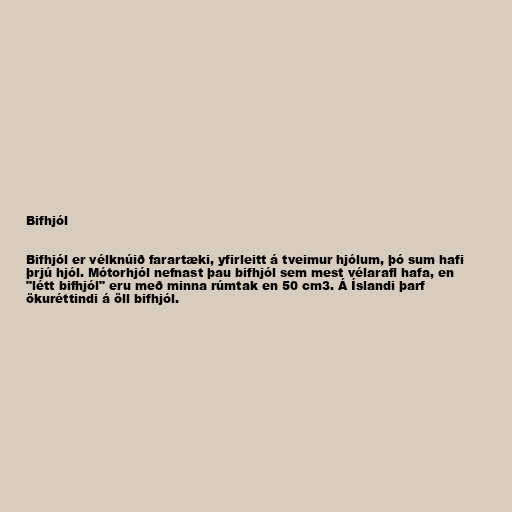
Bifhjól

Bifhjól er vélknúið farartæki, yfirleitt á tveimur hjólum, þó sum hafi
þrjú hjól. Mótorhjól nefnast þau bifhjól sem mest vélarafl hafa, en
"létt bifhjól" eru með minna rúmtak en 50 cm3. Á Íslandi þarf
ökuréttindi á öll bifhjól.